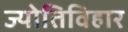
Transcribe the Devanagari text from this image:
ज्योतिविहार